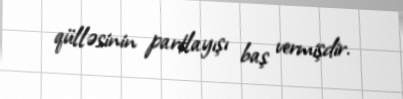
qülləsinin partlayışı baş vermişdir.